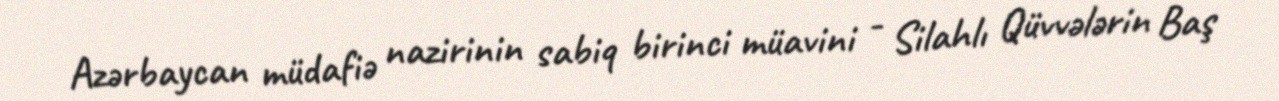
Azərbaycan müdafiə nazirinin sabiq birinci müavini - Silahlı Qüvvələrin Baş